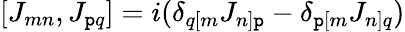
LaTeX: [J_{mn},J_{\mathtt{p}q}]=i(\delta_{q[m}J_{n]\mathtt{p}}-\delta_{\mathtt{p}[m}J_{n]q})